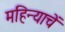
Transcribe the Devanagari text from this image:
महिन्याचें